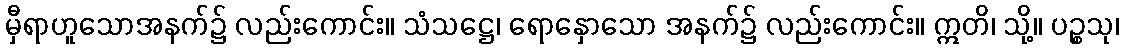
မှီရာဟူသောအနက်၌ လည်းကောင်း။ သံသဋ္ဌေ၊ ရောနှောသော အနက်၌ လည်းကောင်း။ ဣတိ၊ သို့။ ပဉ္စသု၊